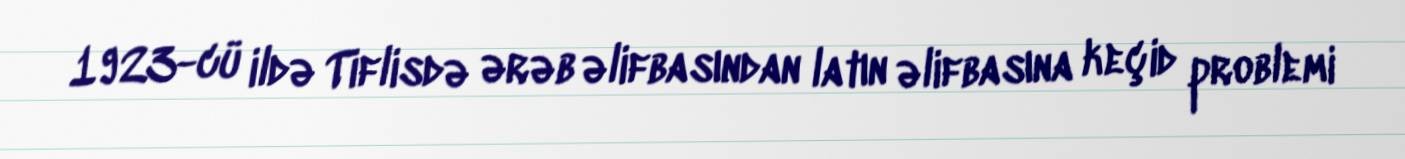
1923-cü ildə Tiflisdə ərəb əlifbasından latın əlifbasına keçid problemi